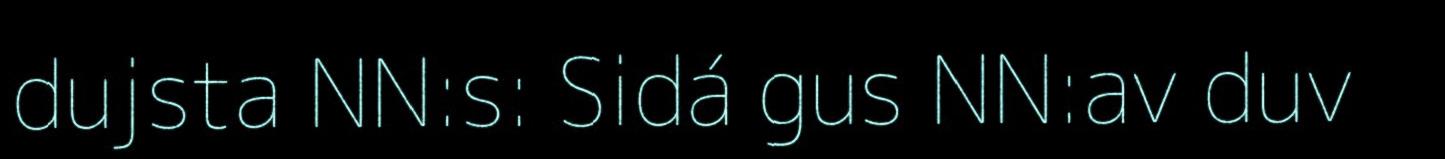
dujsta NN:s: Sidá gus NN:av duv